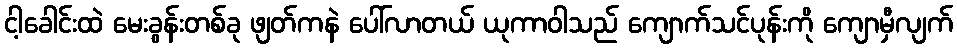
ငါ့ခေါင်းထဲ မေးခွန်းတစ်ခု ဖျတ်ကနဲ ပေါ်လာတယ် ယုကာဝါသည် ကျောက်သင်ပုန်းကို ကျောမှီလျက်